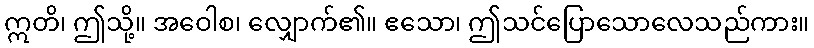
ဣတိ၊ ဤသို့။ အဝေါစ၊ လျှောက်၏။ ဧသော၊ ဤသင်ပြောသောလေသည်ကား။